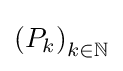
\left(P_{k}\right)_{k\in \mathbb {N} }